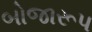
બોજારૂપ